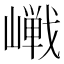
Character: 𪩔